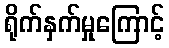
ရိုက်နှက်မှုကြောင့်